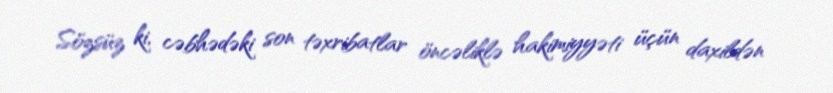
Sözsüz ki, cəbhədəki son təxribatlar öncəliklə hakimiyyəti üçün daxildən